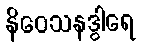
နိဝေသနဒွါရေ